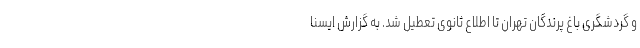
و گردشگری باغ پرندگان تهران تا اطلاع ثانوی تعطیل شد. به گزارش ایسنا